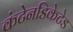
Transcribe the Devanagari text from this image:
कंटेनडिकेटेड